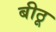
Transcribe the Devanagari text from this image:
बीठू